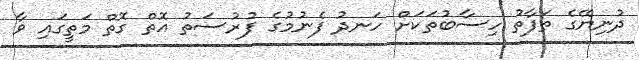
ދުނިޔޭގެ ތަފާތު ހިސާބުތަކަށް ހަނދު ފެނުމުގެ ފުރުސަތު އޮތް ގޮތް މަތީގައި ވާ